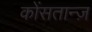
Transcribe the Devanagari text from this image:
कोंसतान्ज़